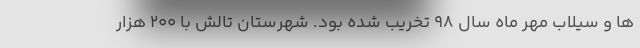
ها و سیلاب مهر ماه سال ۹۸ تخریب شده بود. شهرستان تالش با ۲۰۰ هزار